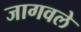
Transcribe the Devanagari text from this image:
जागवले